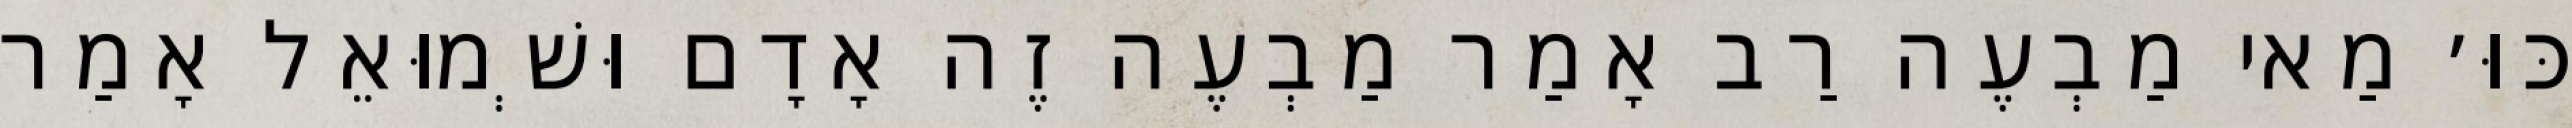
כּוּ׳ מַאי מַבְעֶה רַב אָמַר מַבְעֶה זֶה אָדָם וּשְׁמוּאֵל אָמַר